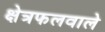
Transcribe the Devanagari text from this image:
क्षेत्रफलवाले